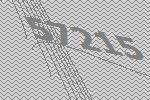
57215